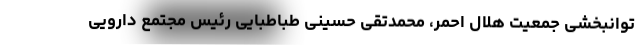
توانبخشی جمعیت هلال احمر، محمدتقی حسینی طباطبایی رئیس مجتمع دارویی